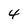
Character: 4